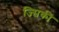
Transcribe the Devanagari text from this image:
ज्सिकी